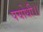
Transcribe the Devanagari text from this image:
पयोधी।।